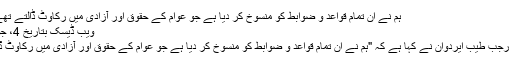
ہم نے ان تمام قواعد و ضوابط کو منسوخ کر دیا ہے جو عوام کے حقوق اور آزادی میں رکاوٹ ڈالتے تھے، ایردوان
ویب ڈیسک بتاریخ 4، جون 2018
ترک صدر رجب طیب ایردوان نے کہا ہے کہ "ہم نے ان تمام قواعد و ضوابط کو منسوخ کر دیا ہے جو عوام کے حقوق اور آزادی میں رکاوٹ ڈالتے تھے۔